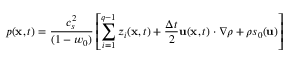
p ( \mathbf { x } , t ) = \frac { c _ { s } ^ { 2 } } { ( 1 - w _ { 0 } ) } \left[ \sum _ { i = 1 } ^ { q - 1 } z _ { i } ( \mathbf { x } , t ) + \frac { \Delta t } { 2 } \mathbf { u } ( \mathbf { x } , t ) \cdot \nabla \rho + \rho s _ { 0 } ( \mathbf { u } ) \right]